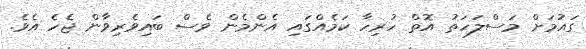
ގައުމަށް މަސްލަހަތު އޮތް ހުރިހާ ކަމެއްގައި އެންމެން ވެސް ބައިވެރިވާން ޖެހެ އެވެ.